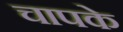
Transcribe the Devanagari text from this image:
चापके